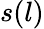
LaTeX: s(l)